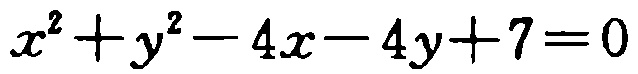
\(x^{2}+y^{2}-4x - 4y + 7 = 0\)